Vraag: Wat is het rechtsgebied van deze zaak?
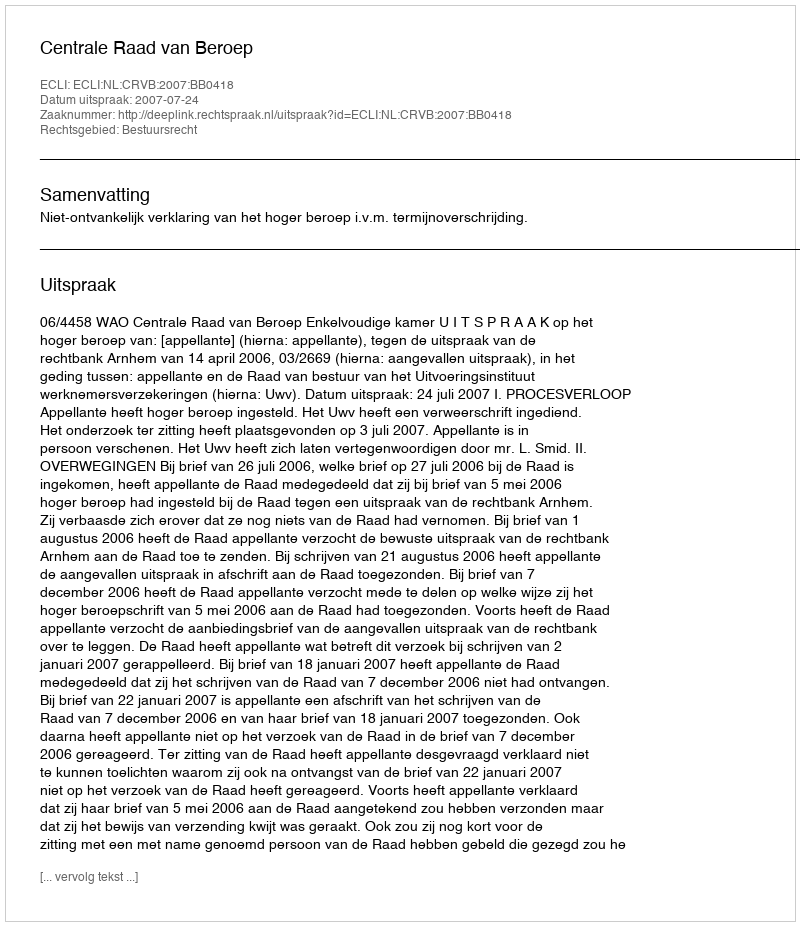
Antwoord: Bestuursrecht